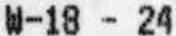
W-18 - 24